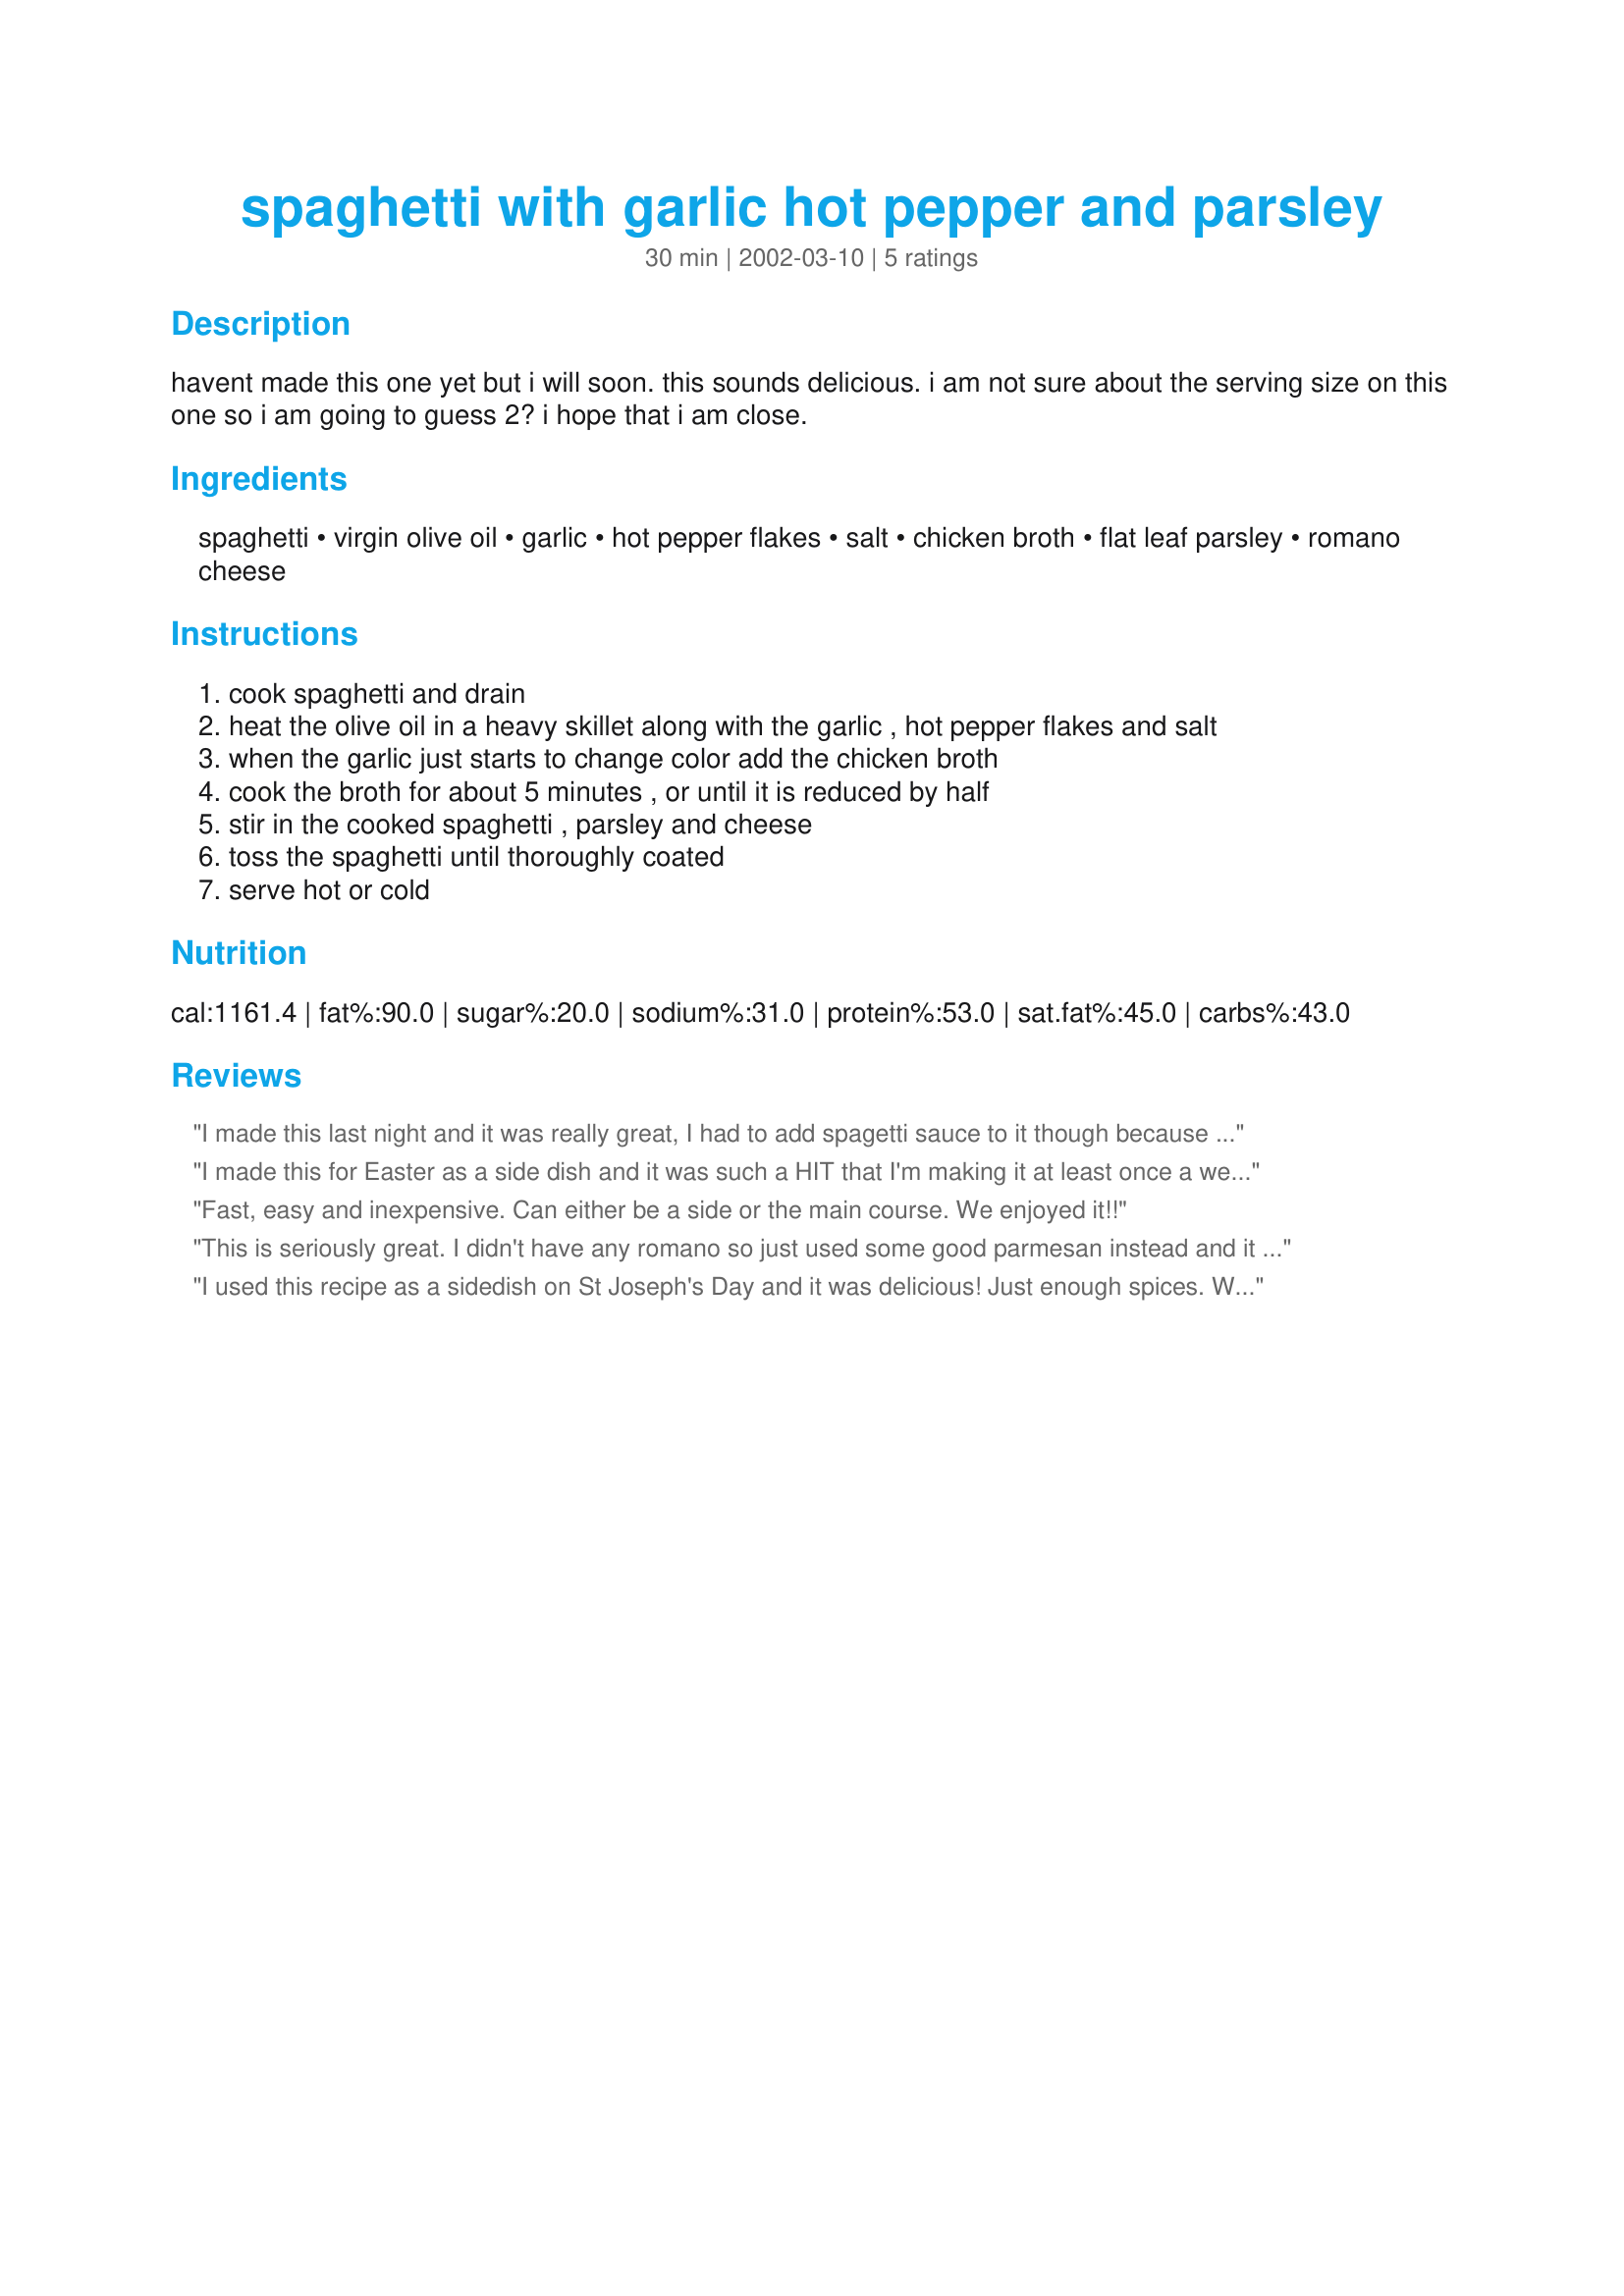
spaghetti with garlic hot pepper and parsley
Preparation time: 30 minutes

havent made this one yet but i will soon. this sounds delicious. i am not sure about the serving size on this one so i am going to guess 2? i hope that i am close.

Ingredients:
spaghetti, virgin olive oil, garlic, hot pepper flakes, salt, chicken broth, flat leaf parsley, romano cheese

Steps:
cook spaghetti and drain
heat the olive oil in a heavy skillet along with the garlic , hot pepper flakes and salt
when the garlic just starts to change color add the chicken broth
cook the broth for about 5 minutes , or until it is reduced by half
stir in the cooked spaghetti , parsley and cheese
toss the spaghetti until thoroughly coated
serve hot or cold

Reviews:
I made this last night and it was really great, I had to add spagetti sauce to it though because it was a little bland for my hispanic taste buds. It tasted fabulous after that and I might even say it was the most flavorful spagetti I've tasted!
I made this for Easter as a side dish and it was such a HIT that I'm making it at least once a week. My 8 year old loves it!!
Fast, easy and inexpensive. Can either be a side or the main course. We enjoyed it!!
This is seriously great. I didn't have any romano so just used some good parmesan instead and it turned out fine. I think it's probably more than two servings, but anyone could see that after looking at how much spaghetti that is. Anyway, tasty recipe--just enough heat with the cayenne. And it's so easy! I will definitely be making this again.
I used this recipe as a sidedish on St Joseph's Day and it was delicious! Just enough spices. Will be making this one again. Thank you Secret!
